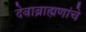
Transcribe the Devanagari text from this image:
देवाब्राह्मणांचे